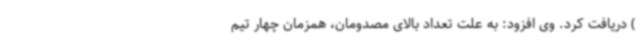
) دریافت کرد. وی افزود: به علت تعداد بالای مصدومان، همزمان چهار تیم